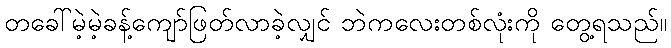
တခေါ်မဲ့မဲ့ခန့်ကျော်ဖြတ်လာခဲ့လျှင် ဘဲကလေးတစ်လုံးကို တွေ့ရသည်။